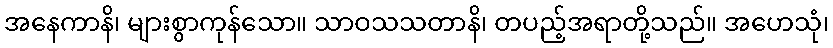
အနေကာနိ၊ များစွာကုန်သော။ သာဝသသတာနိ၊ တပည့်အရာတို့သည်။ အဟေသုံ၊